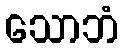
သောဘံ